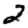
Digit: 2